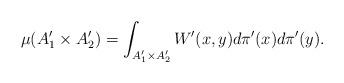
LaTeX: \begin{align*}\mu(A'_1\times A'_2)=\int_{A'_1\times A'_2} W'(x,y) d\pi'(x)d\pi'(y).\end{align*}